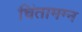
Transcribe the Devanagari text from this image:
चिंतामग्न